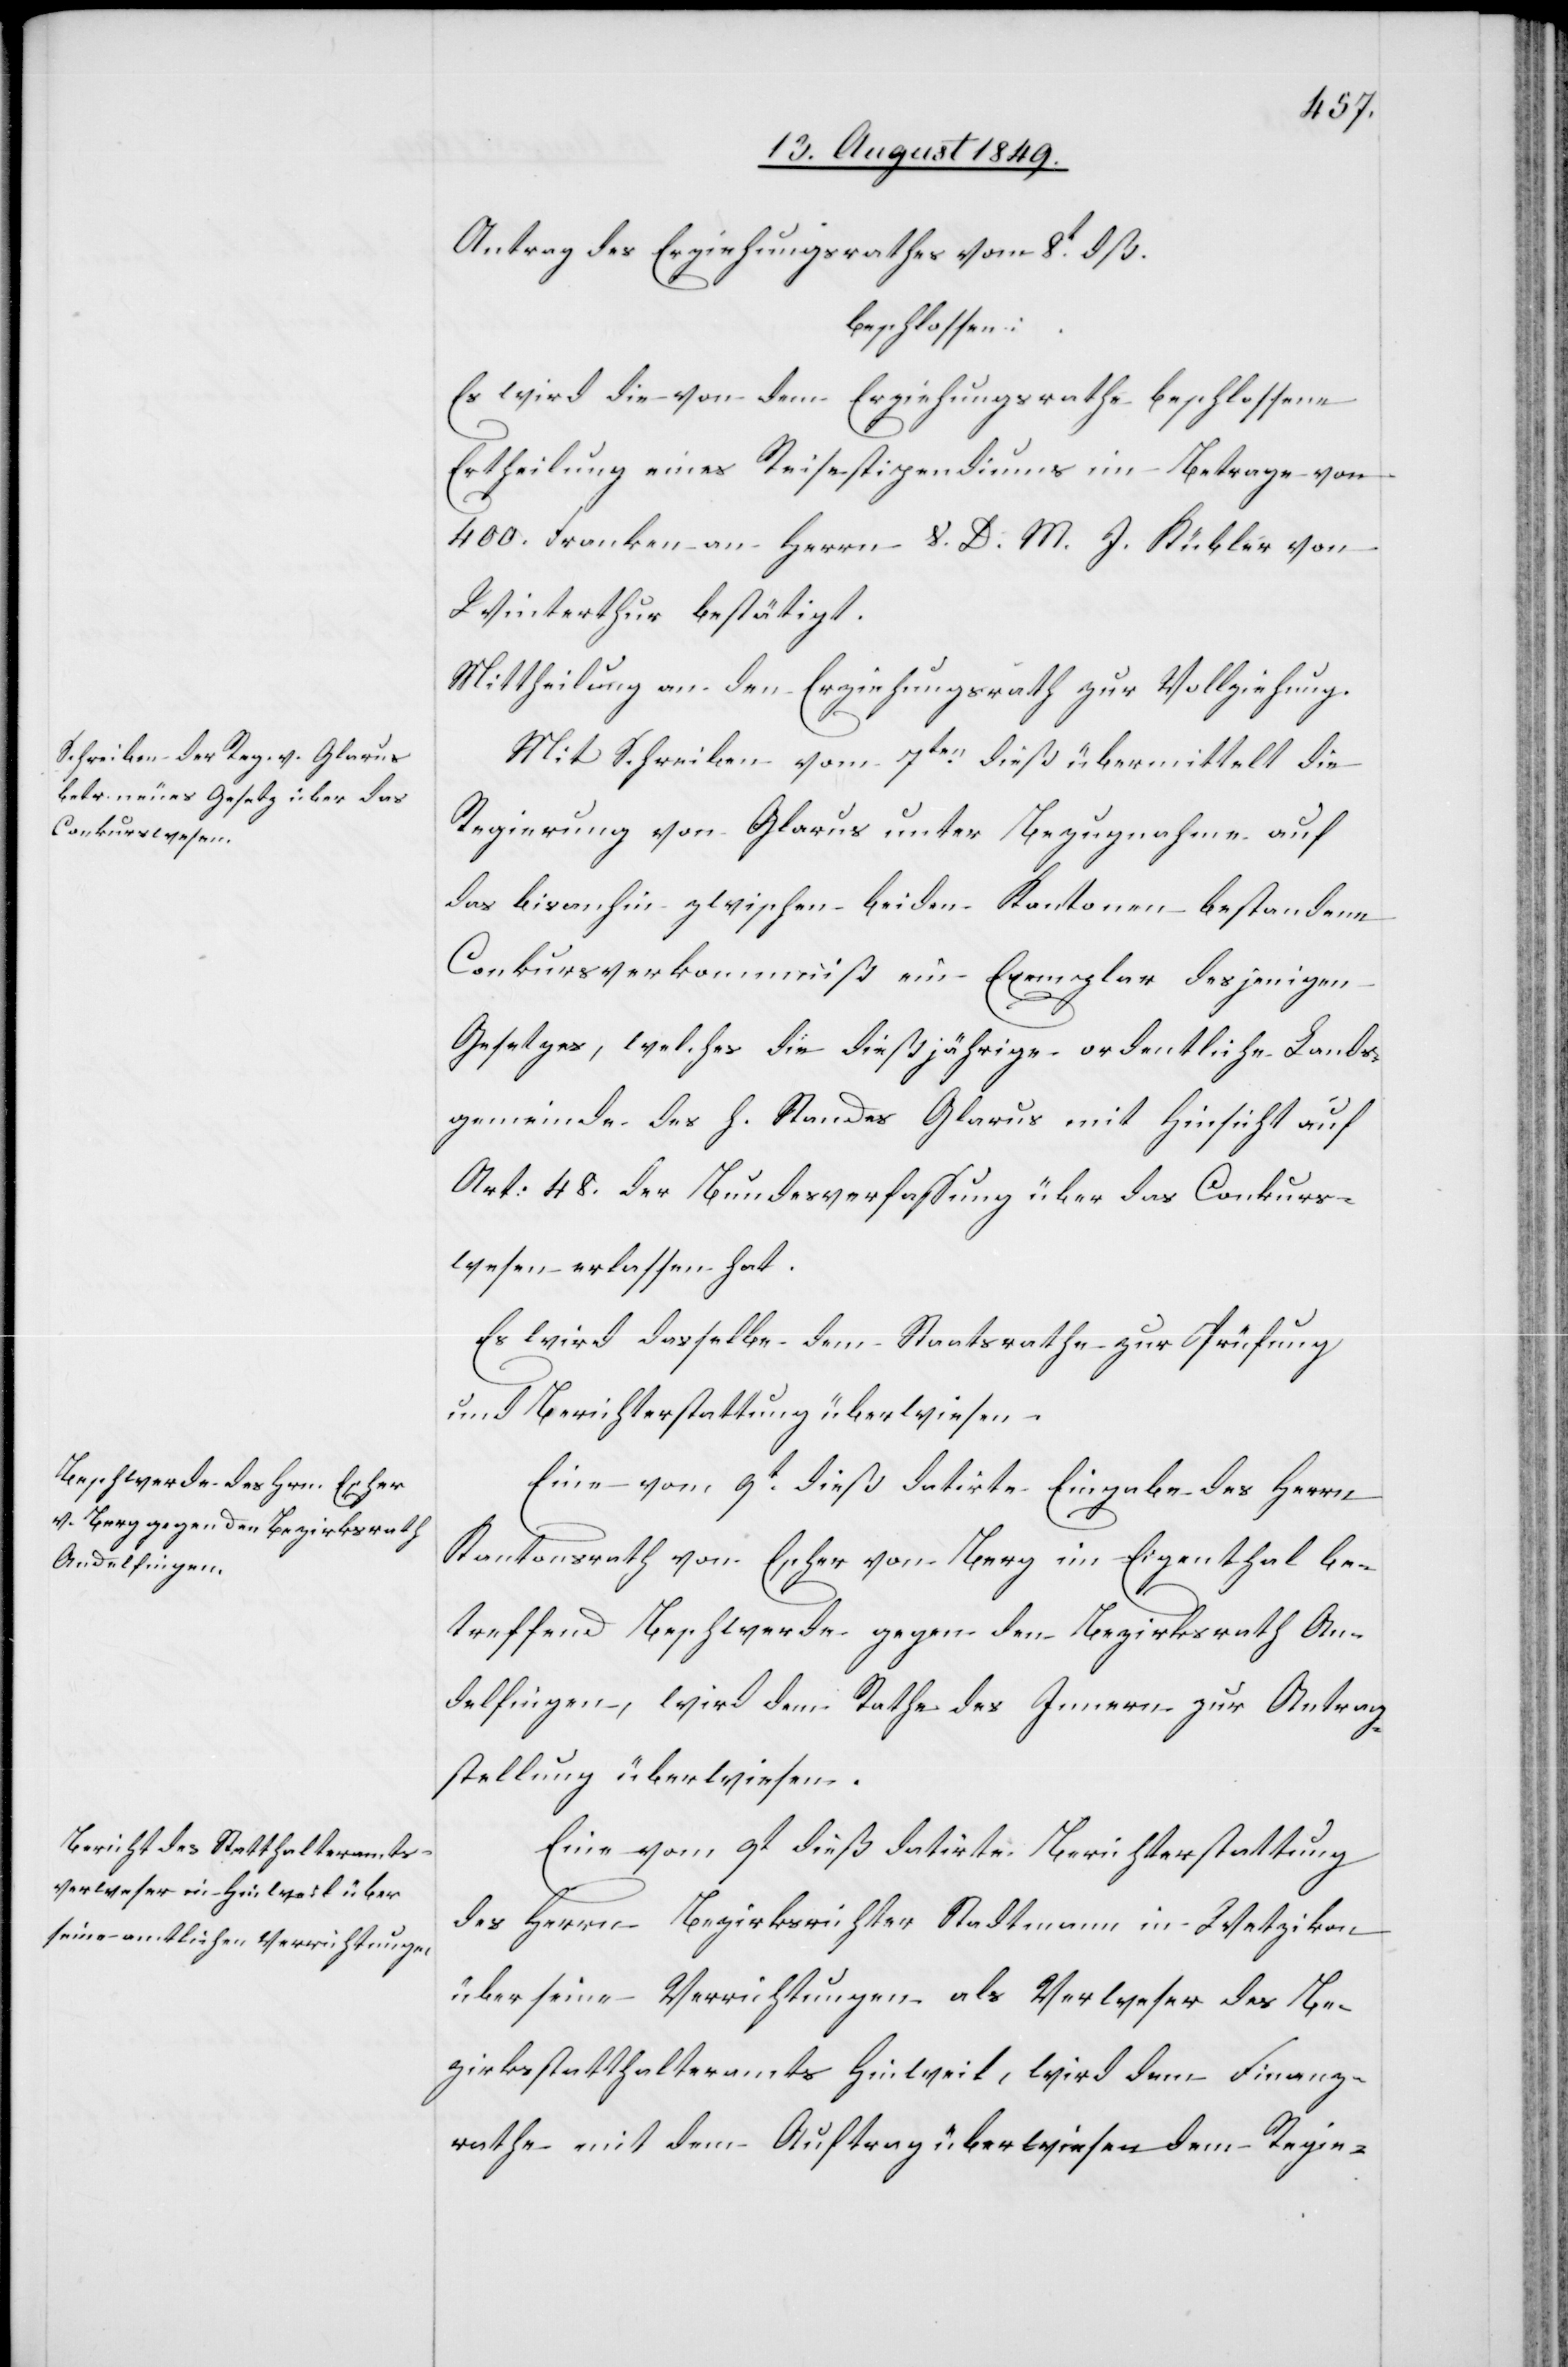
Antrag des Erziehungsrathes vom 8t dß.
beschlossen:
Es wird die von dem Erziehungsrathe beschlossene
Ertheilung eines Reisestipendiums im Betrage von
400. Franken an Herrn V. D. M. J. Kübler von
Winterthur bestätigt.
Mittheilung an den Erziehungsrath zur Vollziehung.
Mit Schreiben vom 7ten dieß übermittelt die
Regierung von Glarus unter Bezugnahme auf
das bisanhin zwischen beiden Kantonen bestandene
Conkursverkomniß ein Exemplar desjenigen
Gesetzes, welches die dießjährige ordentliche Landes¬
gemeinde des h. Standes Glarus mit Hinsicht auf
Art: 48. der Bundesverfassung über das Conkurs¬
wesen erlassen hat.
Es wird dasselbe dem Staatsrathe zur Prüfung
und Berichterstattung überwiesen.
Eine vom 9t dieß datirte Eingabe des Herrn
Kantonsrath von Escher von Berg im Eigenthal be¬
treffend Beschwerde gegen den Bezirksrath An¬
delfingen, wird dem Rathe des Innern zur Antrag¬
stellung überwiesen.
Eine vom 9t dieß datirte Berichterstattung
des Herrn Bezirksrichter Stadtmann in Wetzikon
über seine Verrichtungen als Verweser des Be¬
zirksstatthalteramts Hinweil, wird dem Finanz¬
rathe mit dem Auftrag überwiesen dem Regie-